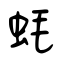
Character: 蚝